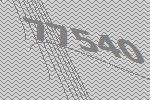
77540